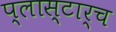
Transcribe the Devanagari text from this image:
प्लास्टार्च